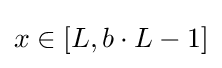
x\in [L,b\cdot L-1]